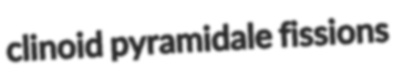
clinoid pyramidale fissions